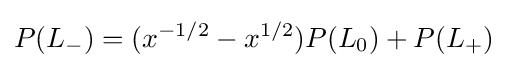
P(L_{-})=(x^{-1/2}-x^{1/2})P(L_{0})+P(L_{+})